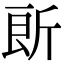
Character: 𣂞